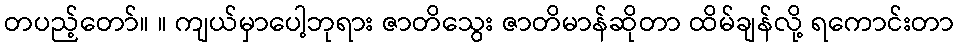
တပည့်တော်။ ။ ကျယ်မှာပေါ့ဘုရား ဇာတိသွေး ဇာတိမာန်ဆိုတာ ထိမ်ချန်လို့ ရကောင်းတာ